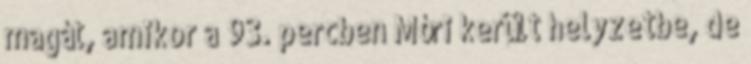
magát, amikor a 93. percben Móri került helyzetbe, de